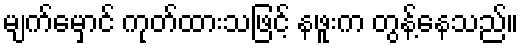
မျက်မှောင် ကုတ်ထားသဖြင့် နဖူးက တွန့်နေသည်။